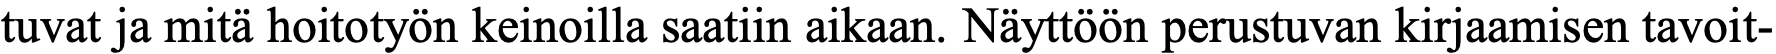
tuvat ja mitä hoitotyön keinoilla saatiin aikaan. Näyttöön perustuvan kirjaamisen tavoit-